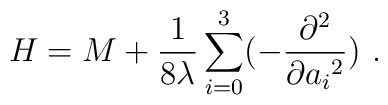
H=M+{1\over 8 \lambda } \sum_{i=0}^3 (-{\partial^2\over\partial{a_i}^2})\,\,.